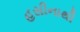
હસીનાથી